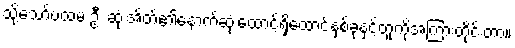
သို့သော်ပထမ ဦး ဆုံးအိတ်၏နောက်ဆုံးထောင့်ရှိထောင့်နှစ်ခုနှင့်တူကိုအကြားတိုင်းတာ။